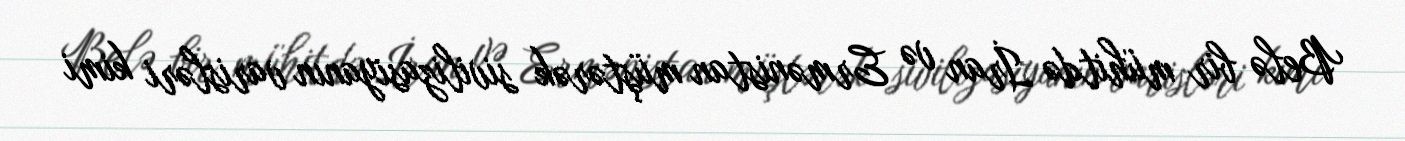
Belə bir mühitdə İran və Ermənistan müştərək sivilizasiyanın varisləri kimi